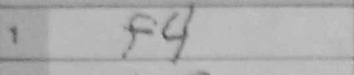
Transcription: f4